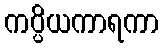
ကပ္ပိယကာရကာ